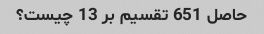
حاصل 651 تقسیم بر 13 چیست؟